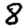
Digit: 8